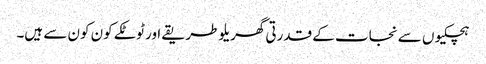
ہچکیوں سے نجات کے قدرتی گھریلو طریقے اور ٹوٹکے کون کون سے ہیں۔